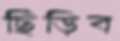
ছিঁড়িব